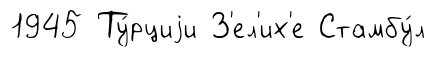
1945 Ту́рциjи З'ел'их'е Стамбу́л